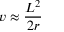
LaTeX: v \approx { \frac { L ^ { 2 } } { 2 r } }